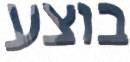
בוצע